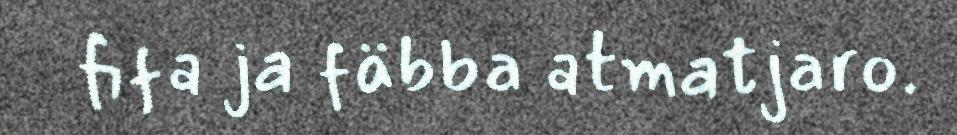
fifa ja fäbba atmatjaro.